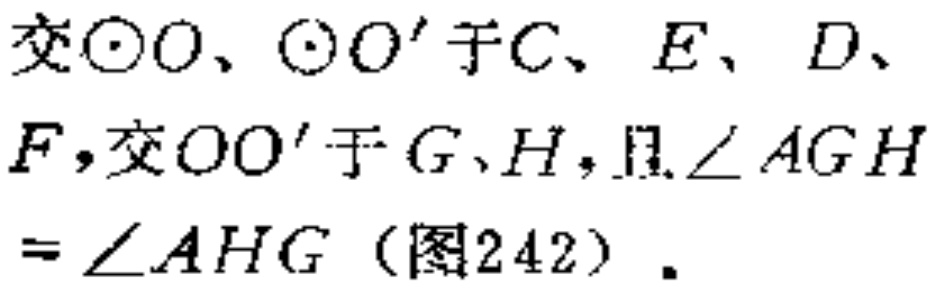
交\(\odot O\)、\(\odot O'\)于\(C\)、\(E\)、\(D\)、\(F\)，交\(OO'\)于\(G\)、\(H\)，且\(\angle AGH=\angle AHG\)（图242）。